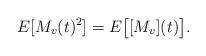
LaTeX: \begin{align*}E[M_v(t)^2]=E\big[[M_v](t)\big].\end{align*}